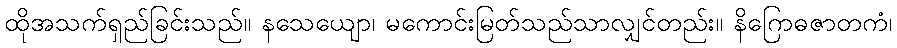
ထိုအသက်ရှည်ခြင်းသည်။ နသေယျော၊ မကောင်းမြတ်သည်သာလျှင်တည်း။ နိဂြောဓဇာတကံ၊